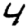
Digit: 4